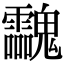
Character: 𩵀